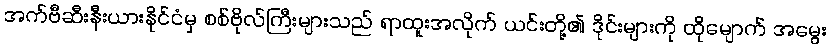
အက်ဗီဆီးနီးယားနိုင်ငံမှ စစ်ဗိုလ်ကြီးများသည် ရာထူးအလိုက် ယင်းတို့၏ ဒိုင်းများကို ထိုမျောက် အမွေး